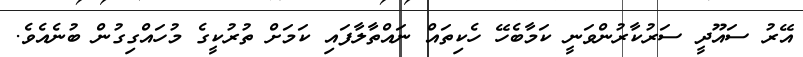
އޭރު ސައޫދީ ސަރުކާރުންވަނީ ކަމާބެހޭ ހެކިތައް ނައްތާލާފައި ކަމަށް ތުރުކީގެ މުހައްގިގުން ބުނެއެވެ.